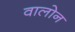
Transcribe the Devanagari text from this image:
वालोन